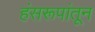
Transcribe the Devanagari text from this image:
हंसरूपांतून